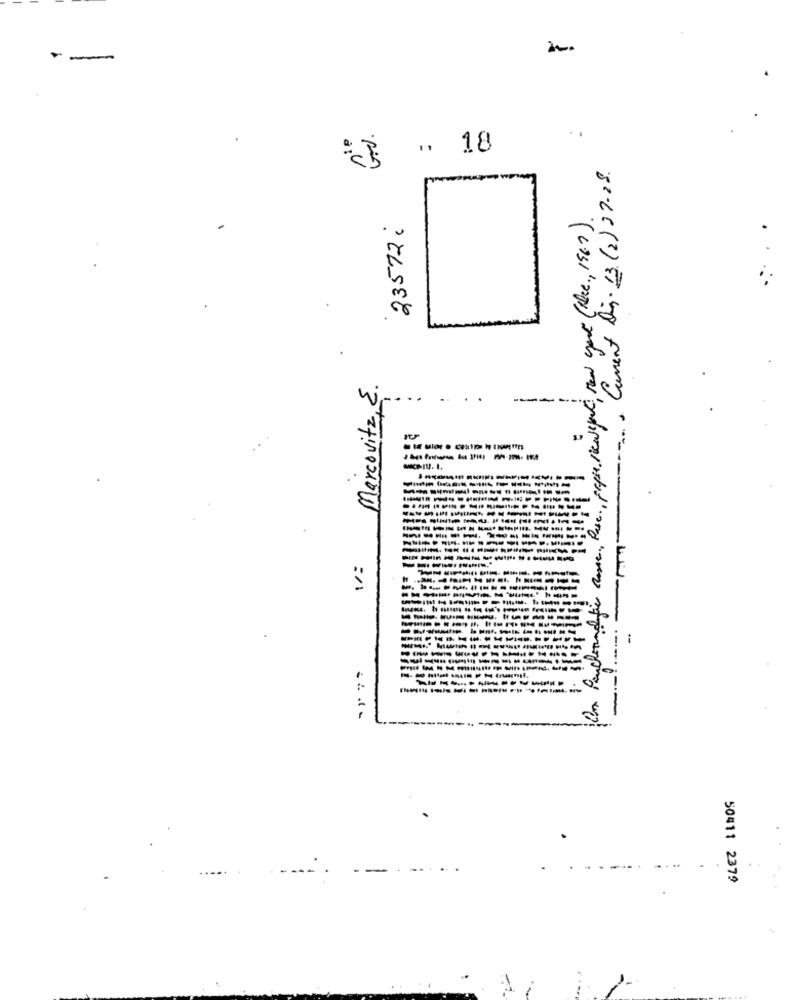
2
--
. 18
Current Dir. 13 (2) 27-28.
23572:
c ., papse, localfeel, new york (Dee ., 196.7).
Marcovitz, E.
----
Om Panchoand tic come, Rue. A
--------------
----
-----
50411 2379
1